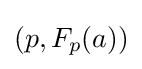
(p,F_{p}(a))